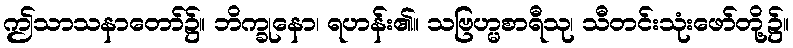
ဤသာသနာတော်၌။ ဘိက္ခုနော၊ ရဟန်း၏။ သဗြဟ္မစာရီသု၊ သီတင်းသုံးဖော်တို့၌။